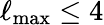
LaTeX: \ell_{\mathrm{max}}\leq 4